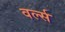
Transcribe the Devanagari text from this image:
वर्ल्स